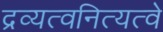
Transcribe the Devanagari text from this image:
द्रव्यत्वनित्यत्वे